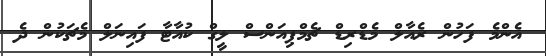
އެންމެ ފަހުން ރެއާލް މެޑްރިޑް ޗެމްޕިއަންސް ލީގް ކުއާޓާ ފައިނަލް މެޗަކުން ދެ